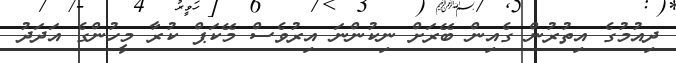
ދިއުމުގެ އިތުރުން ގެއިން ބޭރަށް ނިކުންނަ އިރުވެސް މޭކަޕް ކުރާ މީހުންގެ އަދަދު